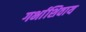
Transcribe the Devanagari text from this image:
गर्भाशिवाय